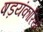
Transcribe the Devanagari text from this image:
षड़यंकारियों